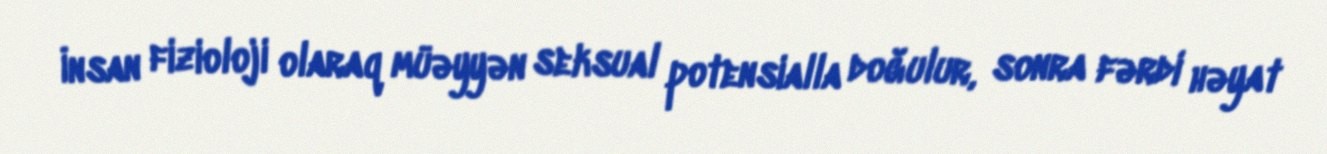
İnsan fizioloji olaraq müəyyən seksual potensialla doğulur, sonra fərdi həyat